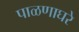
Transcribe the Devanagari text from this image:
पाळणाघरे